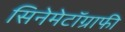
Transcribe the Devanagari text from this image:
सिनेमेटॉग्राफी